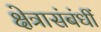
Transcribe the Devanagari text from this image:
क्षेत्रासंबंधीं